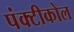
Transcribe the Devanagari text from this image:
पंक्टीकोल